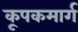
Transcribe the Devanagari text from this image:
कूपकमार्ग